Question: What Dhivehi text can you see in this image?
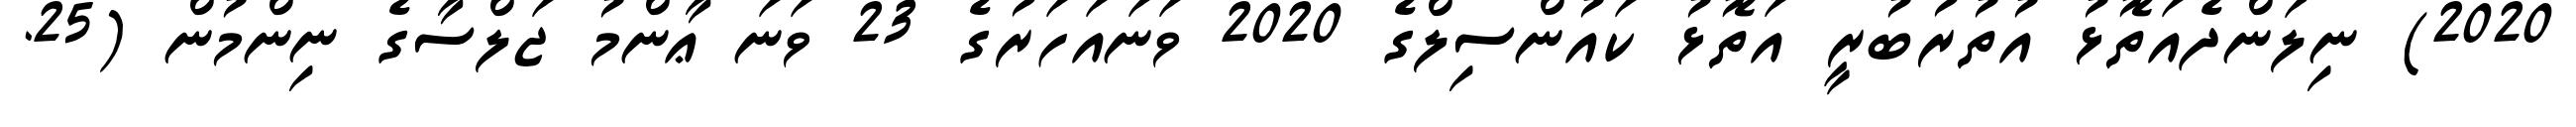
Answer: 2020) ނިލަންދެއަތޮޅު އުތުރުބުރީ އަތޮޅު ކައުންސިލްގެ 2020 ވަނައަހަރުގެ 23 ވަނަ ޢާންމު ޖަލްސާގެ ނިންމުން (25.